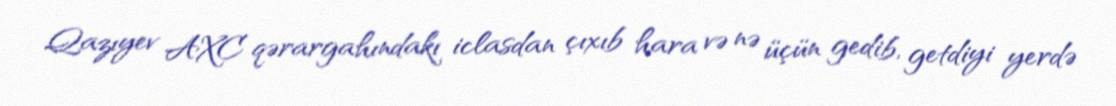
Qazıyev AXC qərargahındakı iclasdan çıxıb hara və nə üçün gedib, getdiyi yerdə